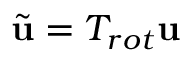
\tilde { \mathbf { u } } = T _ { r o t } \mathbf { u }